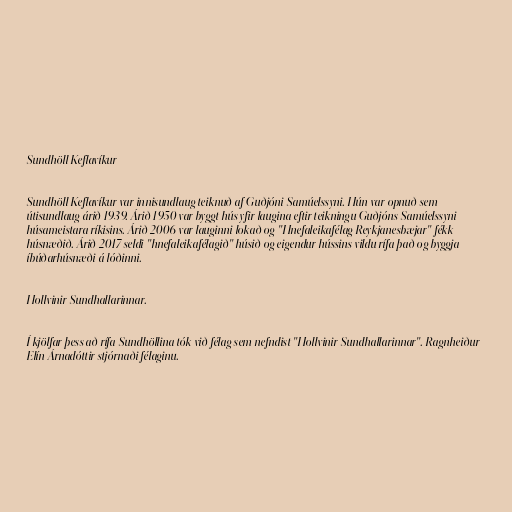
Sundhöll Keflavíkur

Sundhöll Keflavíkur var innisundlaug teiknuð af Guðjóni Samúelssyni. Hún var opnuð sem
útisundlaug árið 1939. Árið 1950 var byggt hús yfir laugina eftir teikningu Guðjóns Samúelssyni
húsameistara ríkisins. Árið 2006 var lauginni lokað og "Hnefaleikafélag Reykjanesbæjar" fékk
húsnæðið. Árið 2017 seldi "hnefaleikafélagið" húsið og eigendur hússins vildu rífa það og byggja
íbúðarhúsnæði á lóðinni.

Hollvinir Sundhallarinnar.

Í kjölfar þess að rífa Sundhöllina tók við félag sem nefndist "Hollvinir Sundhallarinnar". Ragnheiður
Elín Árnadóttir stjórnaði félaginu.